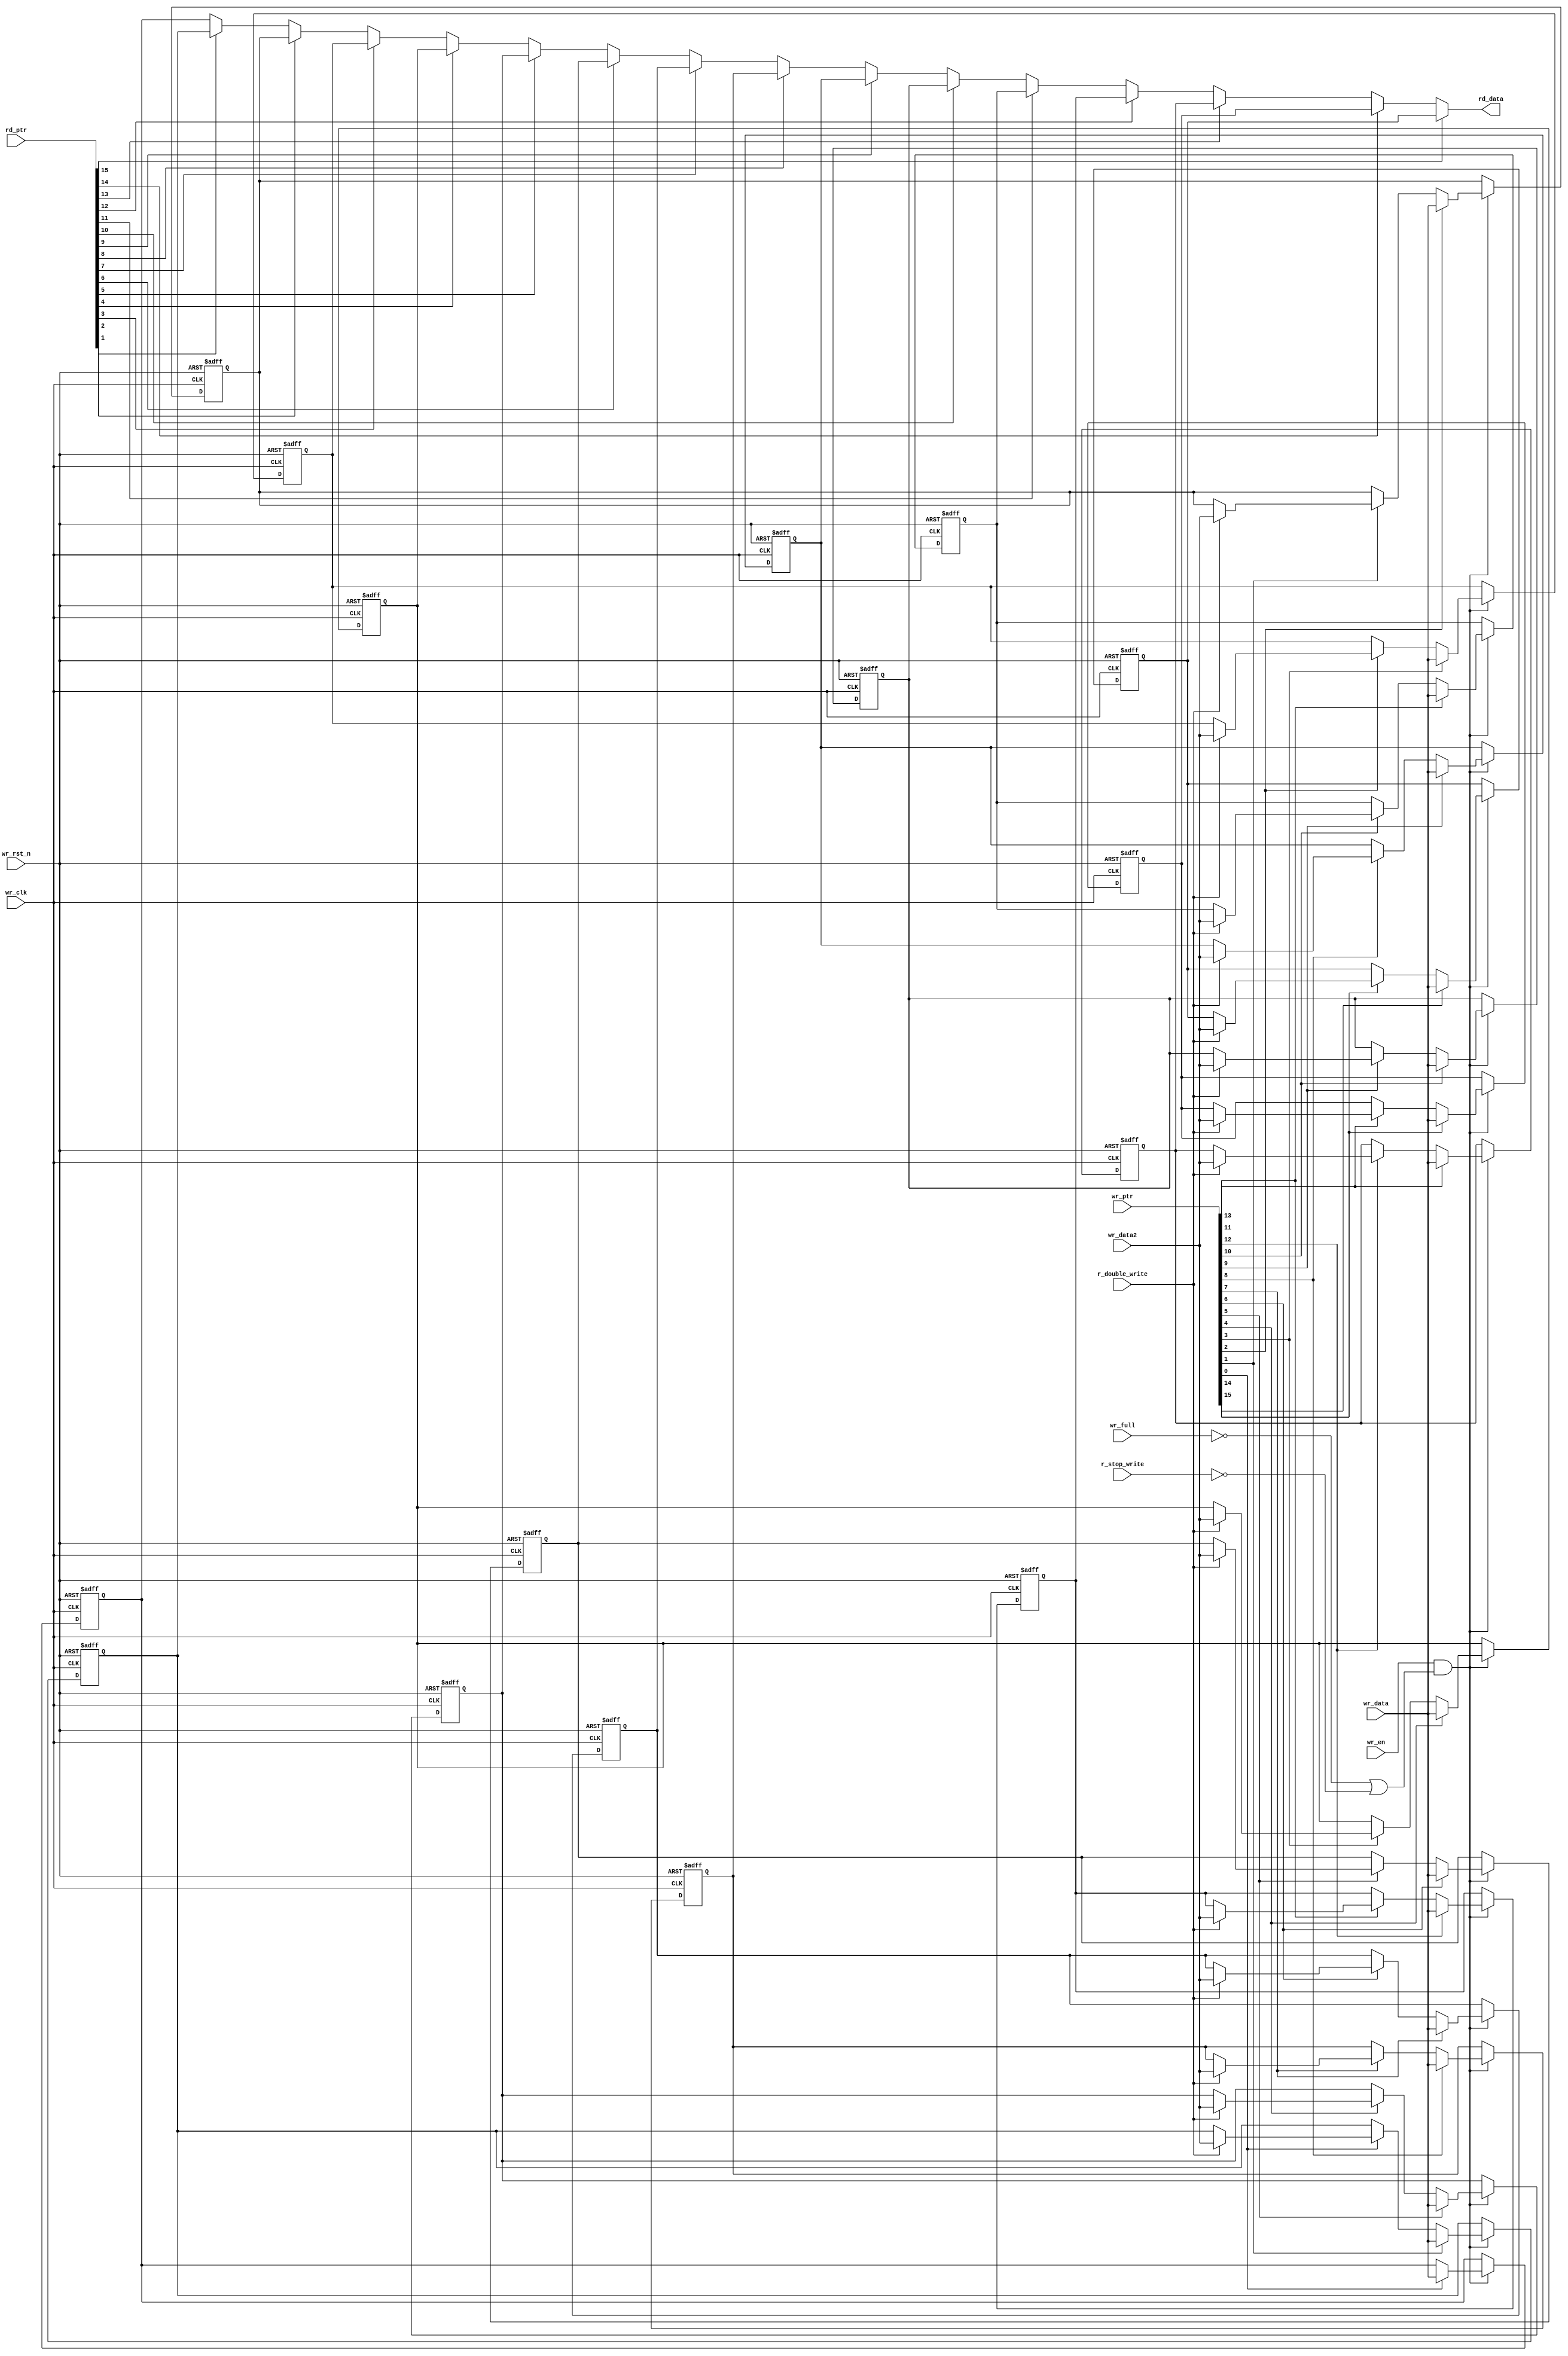
// SPDX-License-Identifier: Apache-2.0
// Copyright (C) 2019 Intel Corporation. 
module c3aibadapt_rxdp_fifo_ram
  #(
    parameter DWIDTH = 'd40,             // FIFO Input data width 
    parameter DEPTH  = 'd16              // FIFO Depth 
    )
(
    input  wire              r_double_write,	// Write to 2 consecutive locations
    input  wire		     r_stop_write, // Disable/enable writing when FIFO is full    
    input  wire		     wr_full,
    input  wire              wr_clk,     // Write Domain Clock
    input  wire		     wr_rst_n,   // Write Domain Reset 
    input  wire              wr_en,      // Write Data Enable
    input  wire [DEPTH-1:0] wr_ptr,     // Write Pointer
    input  wire [DWIDTH-1:0] wr_data,    // Write Data In
    input  wire [DWIDTH-1:0] wr_data2,    // Write Data In
    input  wire [DEPTH-1:0] rd_ptr,     // Read Pointer
    output reg  [DWIDTH-1:0] rd_data   // Read Data

);

   //********************************************************************
   // Infer Memory or use Dual Port Memory from Quartus/ASIC Memory
   //********************************************************************
   
   integer		m;
   integer		i;
//   reg [DWIDTH-1:0]          fifo_mem [((1<<AWIDTH)-1):0];
   reg [DWIDTH-1:0]          fifo_mem [DEPTH-1:0];
   
   always @(negedge wr_rst_n or posedge wr_clk) begin
      if (~wr_rst_n) begin
         for (m='d0; m<=(DEPTH-1'b1); m=m+1'b1)
            fifo_mem[m] <= 'd0;	
      end 
      else if (wr_en && (~wr_full||~r_stop_write)) begin
         for (m='d0; m<=(DEPTH-1'b1); m=m+1'b1) begin
           if (wr_ptr[m]) begin
             fifo_mem[m] <= wr_data;
             if (r_double_write & m < DEPTH-1) // In double write mode, wr_ptr always increments by 2
               fifo_mem[m+1] <= wr_data2;
             end  
         end   
      end
   end
   
// assign rd_data = fifo_mem[rd_ptr];
// Read ptr must be one-hot
always @ *
begin: data_out 
  rd_data = fifo_mem[0];
  for (i='d0; i<=(DEPTH-1'b1); i=i+1'b1) begin
    if (rd_ptr[i]) begin
      rd_data = fifo_mem[i];
    end       
  end   
end 

endmodule